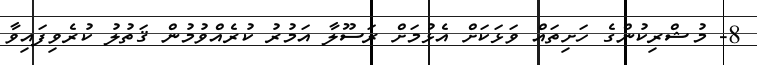
8- މުޝްރިކުންގެ ހަށިތައް ވަޅަކަށް އެޅުމަށް ރަސޫލާ އަމުރު ކުރެއްވުމުން ޤަތުލު ކުރެވިފައިވާ